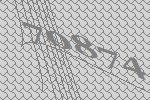
70874